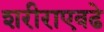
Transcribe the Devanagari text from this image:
शरीराएवढे